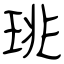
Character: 珧